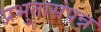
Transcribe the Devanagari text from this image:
प्रभुतासंपन्न